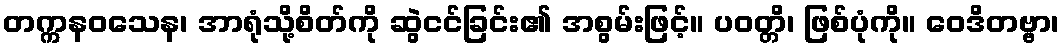
တက္ကနဝသေန၊ အာရုံသို့စိတ်ကို ဆွဲငင်ခြင်း၏ အစွမ်းဖြင့်။ ပဝတ္တိ၊ ဖြစ်ပုံကို။ ဝေဒိတဗ္ဗာ၊